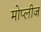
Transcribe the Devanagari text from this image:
मोप्लीज